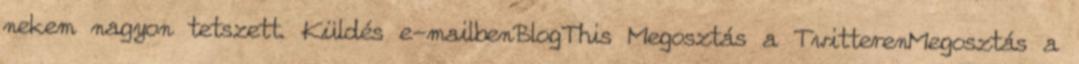
nekem nagyon tetszett. Küldés e-mailbenBlogThis Megosztás a TwitterenMegosztás a